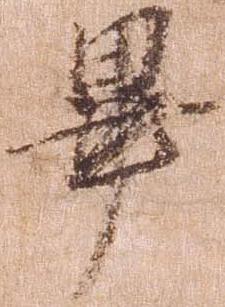
畢